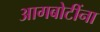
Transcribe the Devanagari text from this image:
आगबोटींना